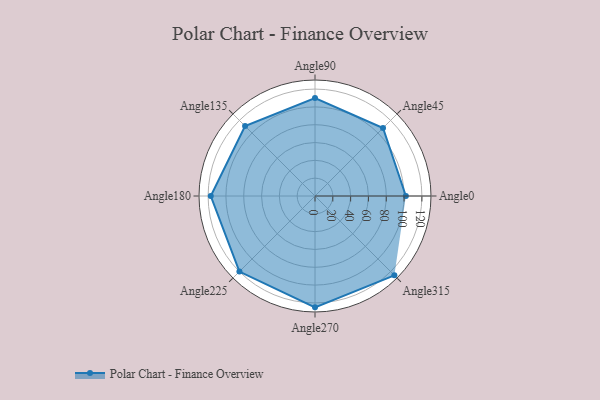
{"axis": {"x": "Angle", "y": "Radius"}, "legend": [""], "data": [{"x": "Angle0", "y": 102.0, "type": ""}, {"x": "Angle45", "y": 108.0, "type": ""}, {"x": "Angle90", "y": 110.0, "type": ""}, {"x": "Angle135", "y": 111.0, "type": ""}, {"x": "Angle180", "y": 117.0, "type": ""}, {"x": "Angle225", "y": 120.0, "type": ""}, {"x": "Angle270", "y": 125.0, "type": ""}, {"x": "Angle315", "y": 126.0, "type": ""}]}